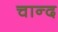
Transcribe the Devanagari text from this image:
चान्‍द